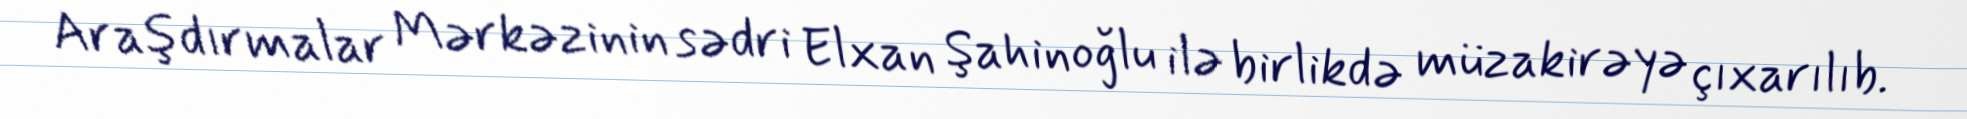
Araşdırmalar Mərkəzinin sədri Elxan Şahinoğlu ilə birlikdə müzakirəyə çıxarılıb.